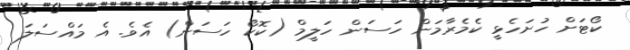
ކޯޓަށް ހުށަހެޅީ ކެމެރާމަން ހަސަން ހަލީމް (ކޮކޯ ހަސަން) އެވެ. އެ މައްސަލަ